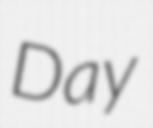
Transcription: Day